Leaving Certificate Examination, 1918
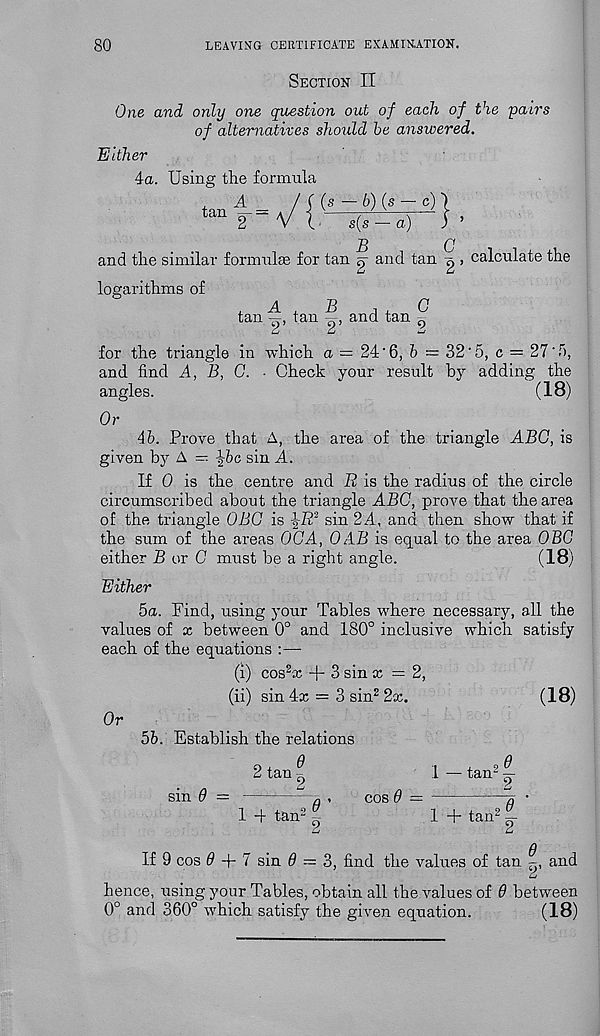
80
LEAVING CERTIFICATE EXAMINATION.
Section II
One and only one question out of each of the pairs
of alternatives should he answered.
Either
4a. Using the formula
tan
A
(s — 6) (s — c)
s(s — a)
B
}•
C
and the similar formulae for tan 5- and tan g > calculate the
logarithms of
tan
tan 9 , and tan 0
UJ
LJ
*-/
for the triangle in which a = 24'6, 6 = 32'5, c = 27'I),
and find A, B, 0. - Check your result by adding the
angles.
(18)
Or
46. Prove that A, the area of the triangle ABO, is
given by A —- -|-6c sin A.
If 0 is the centre and R is the radius of the circle
circumscribed about the triangle ABC, prove that the area
of the triangle OBG is |-i2 3 sin 2A, and then show that if
the sum of the areas OCA, OAB is equal to the area OBC
either B or C must be a right angle.
(18)
Either
ha. Find, using your Tables where necessary, all the
values of x between 0° and 180° inclusive which satisfy
each of the equations :—•
(i) cos 2 x + 3 sin x = 2,
(ii) sin 4x = 3 sin 2 2cc.
(18)
Or
56. Establish the relations
e
2 tan
1
sin 6 —
1 -f tan o 9 ’
cos 6 =
tan 2 1
1 + tan 2 ~
lj
6
If 9 cos 0 + 7 sin 0 = 3, find the values of tan
and
LJ
hence, using your Tables, obtain all the values of 0 between
0° and 360° which satisfy the given equation.
(18)